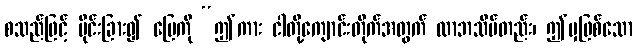
စသည်ဖြင့် ပိုင်းခြား၍ မြေကို “ဤကား ငါတို့ကျောင်းတိုက်အတွက် လာဘသိမ်တည်း၊ ဤမှဖြစ်သော